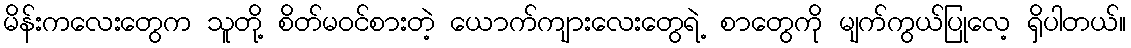
မိန်းကလေးတွေက သူတို့ စိတ်မဝင်စားတဲ့ ယောက်ကျားလေးတွေရဲ့ စာတွေကို မျက်ကွယ်ပြုလေ့ ရှိပါတယ်။